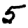
Digit: 5